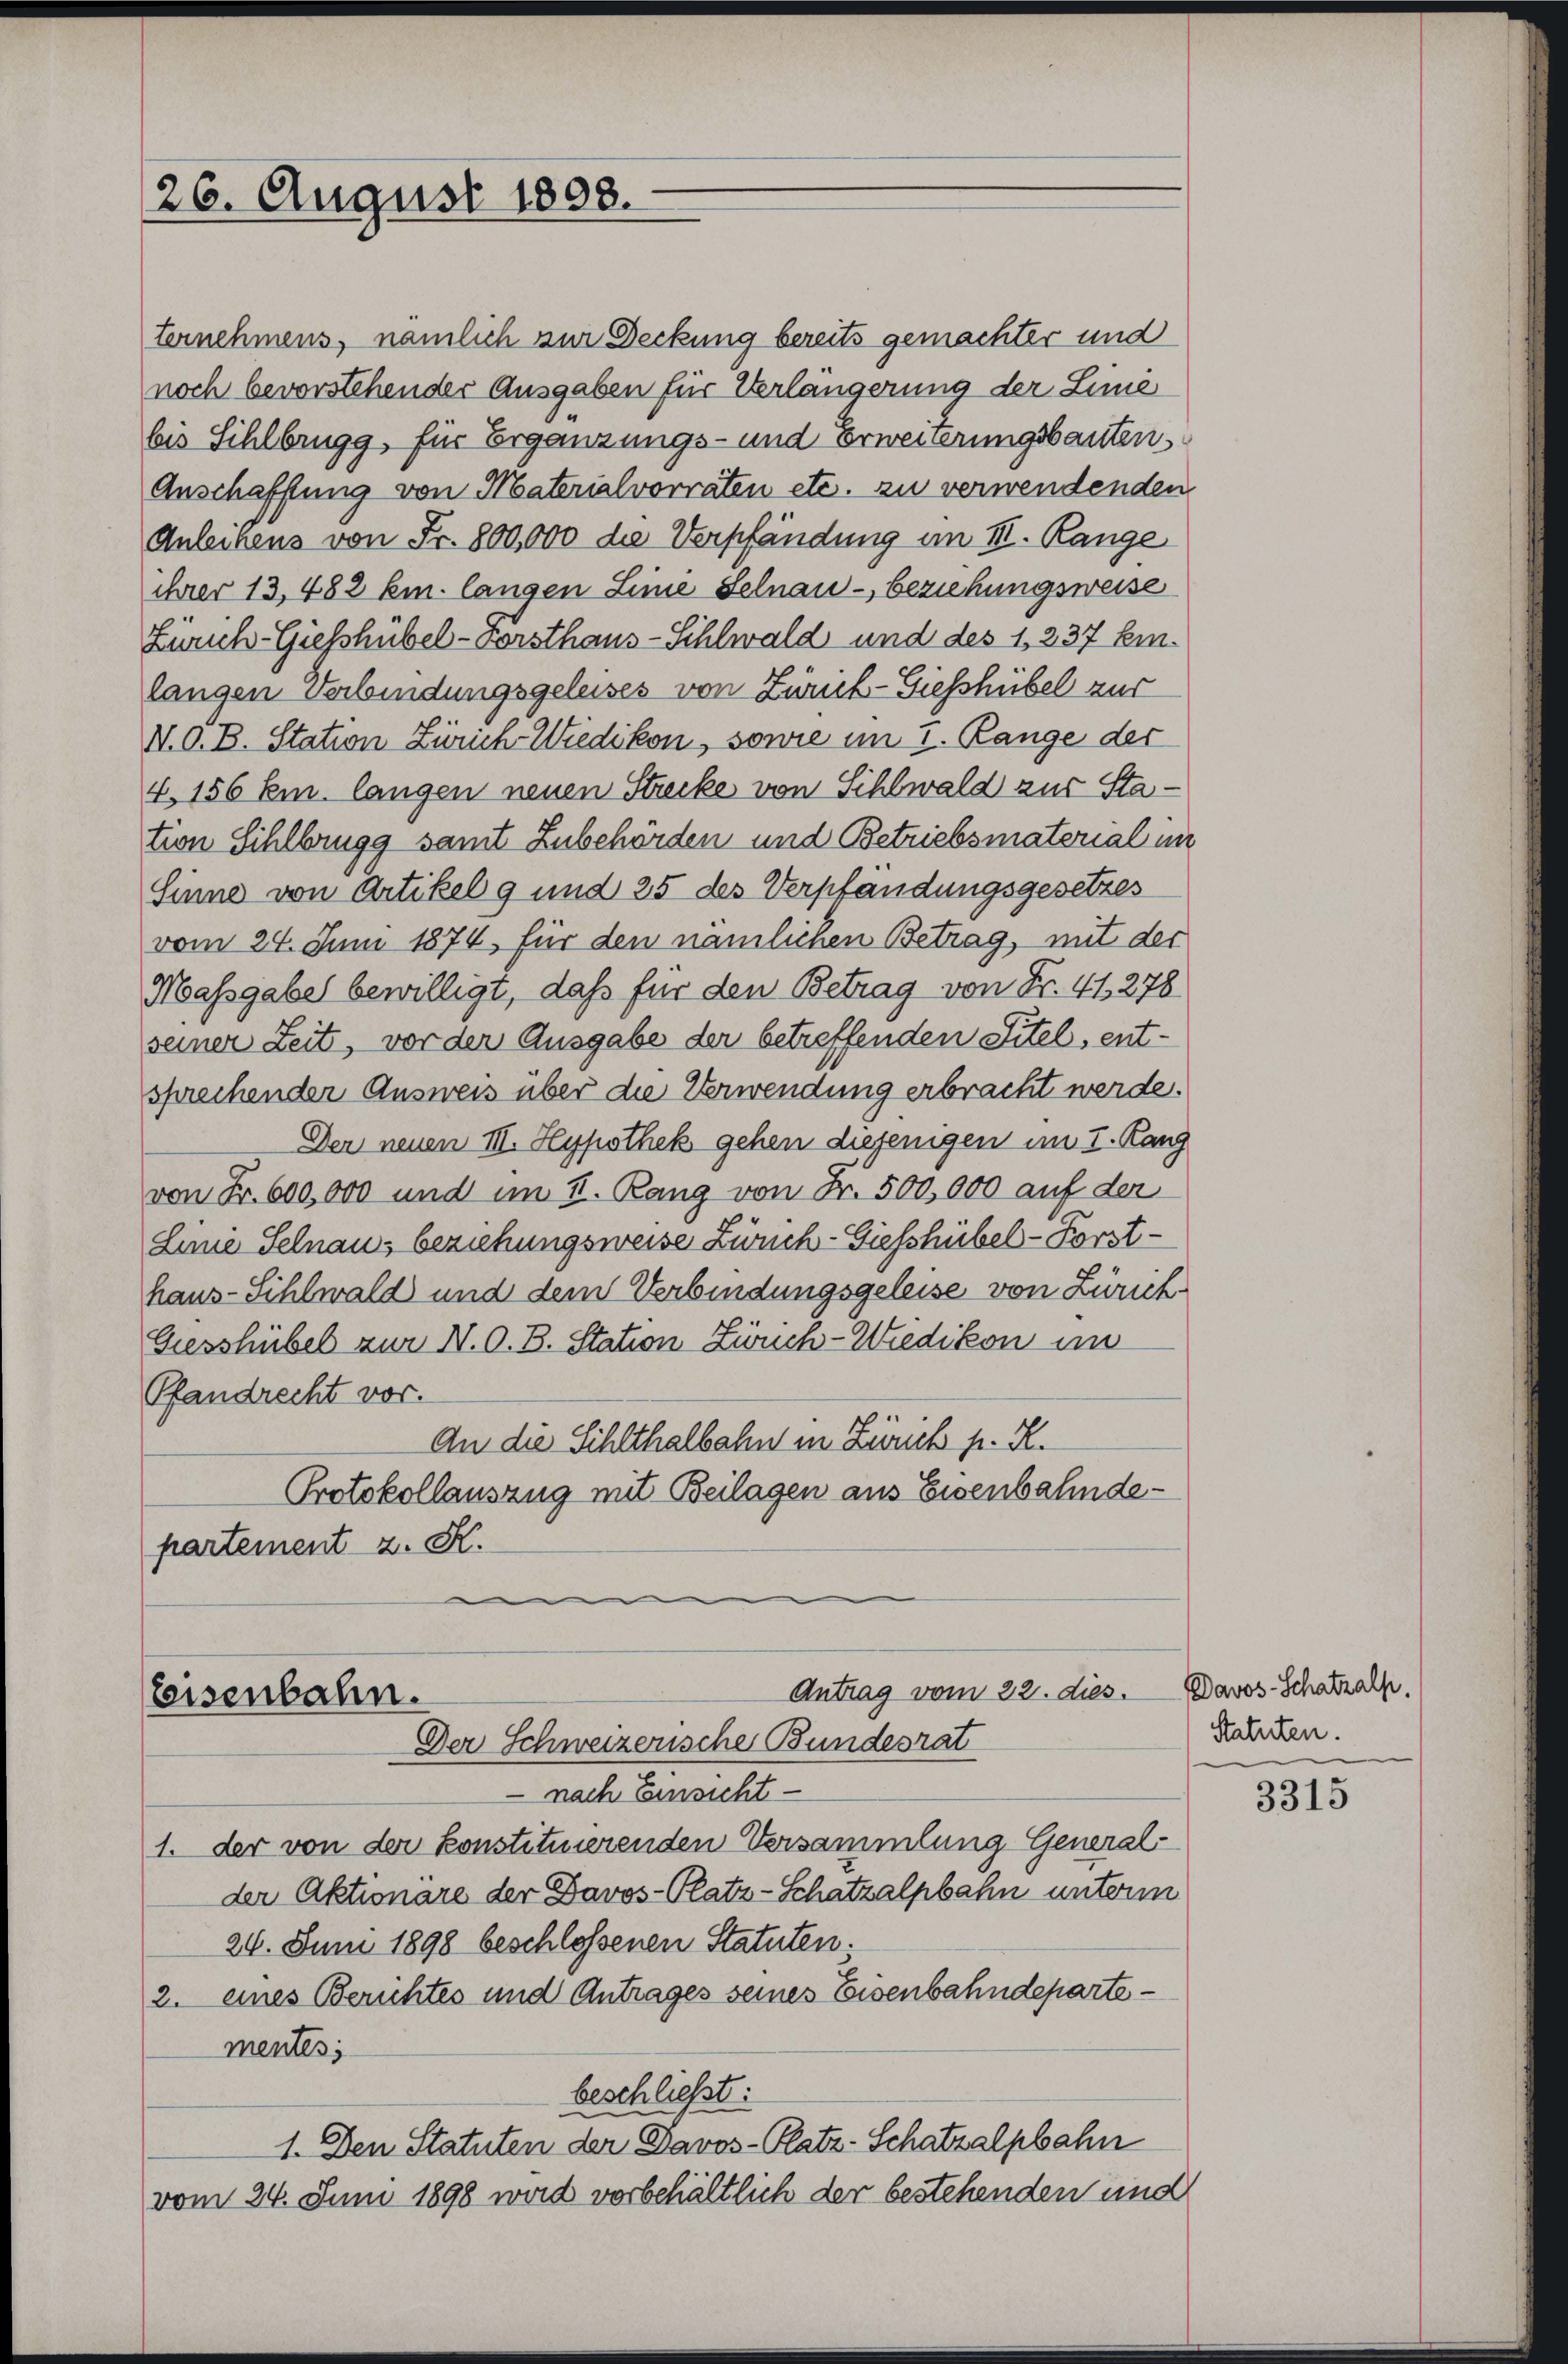
26. August 1808.

ternehmens, nämlich zur Deckung bereits gemachter und
noch bevorstehender Ausgaben für Verlängerung der Linie
bis Sihlbrugg, für Ergänzungs- und Erweiterungsbauten
Anschafftung von Materialvorraten etc. zu verwendenden
Anleihens von Fr. 800,000 die Verpfändung im III. Range
ber 13, 482 km. langen Linie Selnau - beziehungsweise
Zürich-Giesshübel-Forsthaus-Sihlwald und des 1, 237 Einlangen Verbindungsgeleises von Zürich-Giesshübel zur
N. O. B. Station Zürich Wiedikon, sowie im I. Range der
4. 156 Em. langen neuen Strecke von Schlwald aus Station Sihlbrugg samt Zubehörden und Betriebsmaterial im
Sinne von Artikel 9 und 25 des Verpfandungsgesetzes
vom 24. Juni 1874, für den nämlichen Betrag, mit der
Massgabel bewilligt, daß für den Betrag von Fr. 41278
seiner Zeit, vor der Ausgabe der betreffenden Titel, entsprechender Ausweis über die Verwendung erbracht werde.
Der neuen III. Hypothek gehen diejenigen im I. Rang
von Fr. 600,000 und im II. Rang von Fr. 500,000 auf der
Line Selnau beziehungsweise Zürich-Giefshübel-Forsthaus-Sihlwald und dem Verbindungsgeleise von Zürich¬
Giesshübel zur N. O. B. Station Zürich-Wiedikon un
Pfandrecht vor.
An die Schlthalbahn in Zürich p. K.
Protokollauszug mit Beilagen aus Eisenbahndepartement z. K.

Antrag vom 22. dies. Davos- Schatzalp.
eeisenbahn.
Der Schweizerische Bundesrat

nach Einsicht
1. der von der konstituierenden Versammlung General-
der Aktionäre der Davos-Platz-Schatzalpbahn unterm
24. Juni 1898 beschlossenen Statuten.
2. eines Berichtes und Antrages seines Eisenbahndepartementes;
beschließt:
1. Den Statuten der Davos- Platz-Schatzalpbahn
vom 24. Juni 1898 wird vorbehältlich der bestehenden und

Statuten.

3315